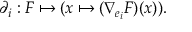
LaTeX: \partial _ { i } : F \mapsto ( x \mapsto ( \nabla _ { e _ { i } } F ) ( x ) ) .